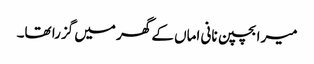
میرا بچپن نانی اماں کے گھر میں گزرا تھا۔